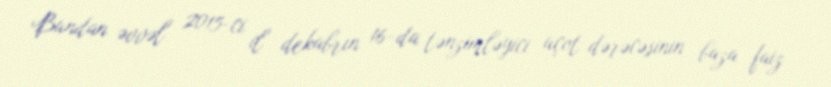
Bundan əvvəl 2015-ci il dekabrın 16-da tənzimləyici uçot dərəcəsinin baza faiz